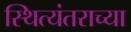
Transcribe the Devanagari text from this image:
स्थित्यंतराच्या